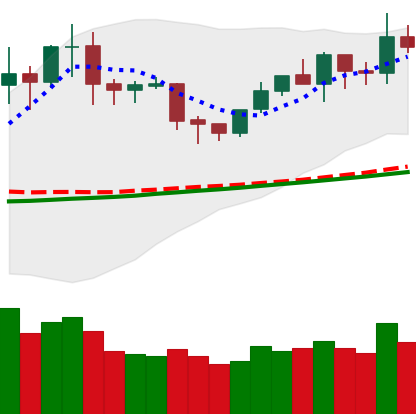
Ticker: NEO-USD
Chart end date: 2020-02-03
Forward return: 6.887%
Label: up_5_7